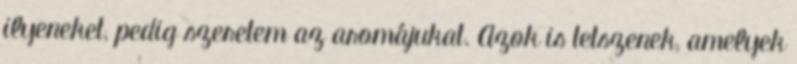
ilyeneket, pedig szeretem az aromájukat. Azok is tetszenek, amelyek